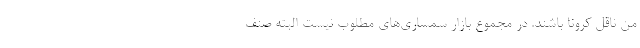
من ناقل کرونا باشند. در مجموع بازار سمساری‌های مطلوب نیست البته صنف